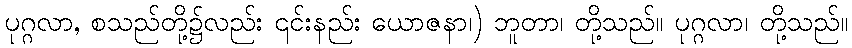
ပုဂ္ဂလာ, စသည်တို့၌လည်း ၎င်းနည်း ယောဇနာ၊) ဘူတာ၊ တို့သည်။ ပုဂ္ဂလာ၊ တို့သည်။